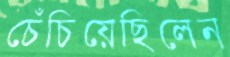
চেঁচিয়েছিলেন